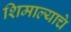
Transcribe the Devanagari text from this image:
शिमाल्याचे